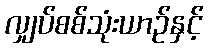
လျှပ်စစ်သုံးယာဉ်နှင့်